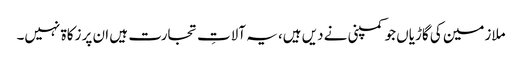
ملازمین کی گاڑیاں جو کمپنی نے دیں ہیں، یہ آلاتِ تجارت ہیں ان پر زکاۃ نہیں۔